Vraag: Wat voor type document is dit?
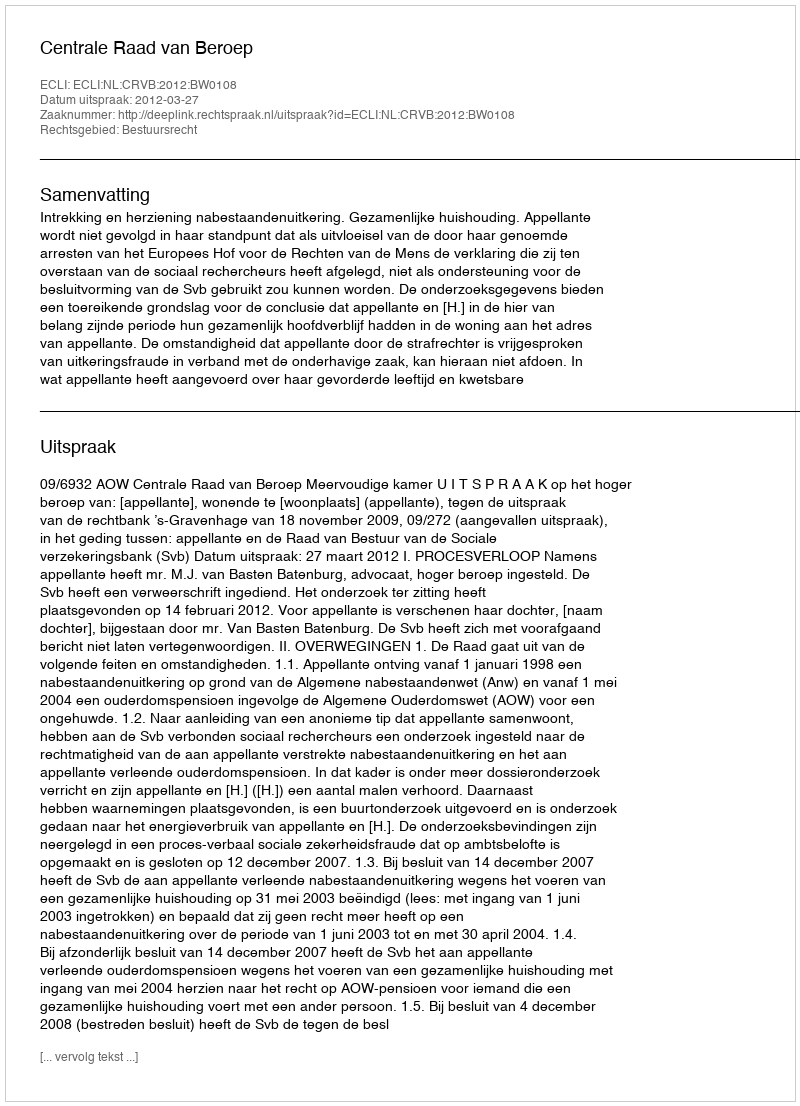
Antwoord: Uitspraak